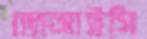
জেআইসি